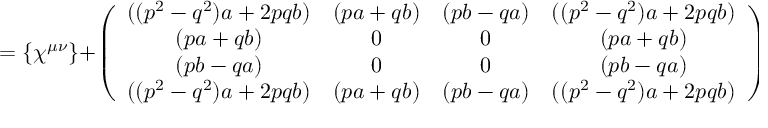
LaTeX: = \{ \chi ^ { \mu \nu } \} + \left( \begin{array} { c c c c } { { ( ( p ^ { 2 } - q ^ { 2 } ) a + 2 p q b ) } } & { { ( p a + q b ) } } & { { ( p b - q a ) } } & { { ( ( p ^ { 2 } - q ^ { 2 } ) a + 2 p q b ) } } \\ { { ( p a + q b ) } } & { { 0 } } & { { 0 } } & { { ( p a + q b ) } } \\ { { ( p b - q a ) } } & { { 0 } } & { { 0 } } & { { ( p b - q a ) } } \\ { { ( ( p ^ { 2 } - q ^ { 2 } ) a + 2 p q b ) } } & { { ( p a + q b ) } } & { { ( p b - q a ) } } & { { ( ( p ^ { 2 } - q ^ { 2 } ) a + 2 p q b ) } } \end{array} \right) .